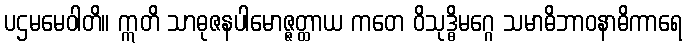
ပဌမမေဝါတိ။ ဣတိ သာဓုဇနပါမောဇ္ဇတ္ထာယ ကတေ ဝိသုဒ္ဓိမဂ္ဂေ သမာဓိဘာဝနာဓိကာရေ